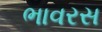
ભાવરસ